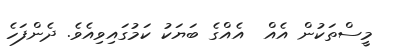
މީސްތަކުން އެއް  އެއްގެ ބަޔަކު ކަމުގައިވިއެވެ. ދެންފަހެ